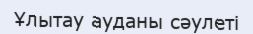
Ұлытау ауданы сәулеті